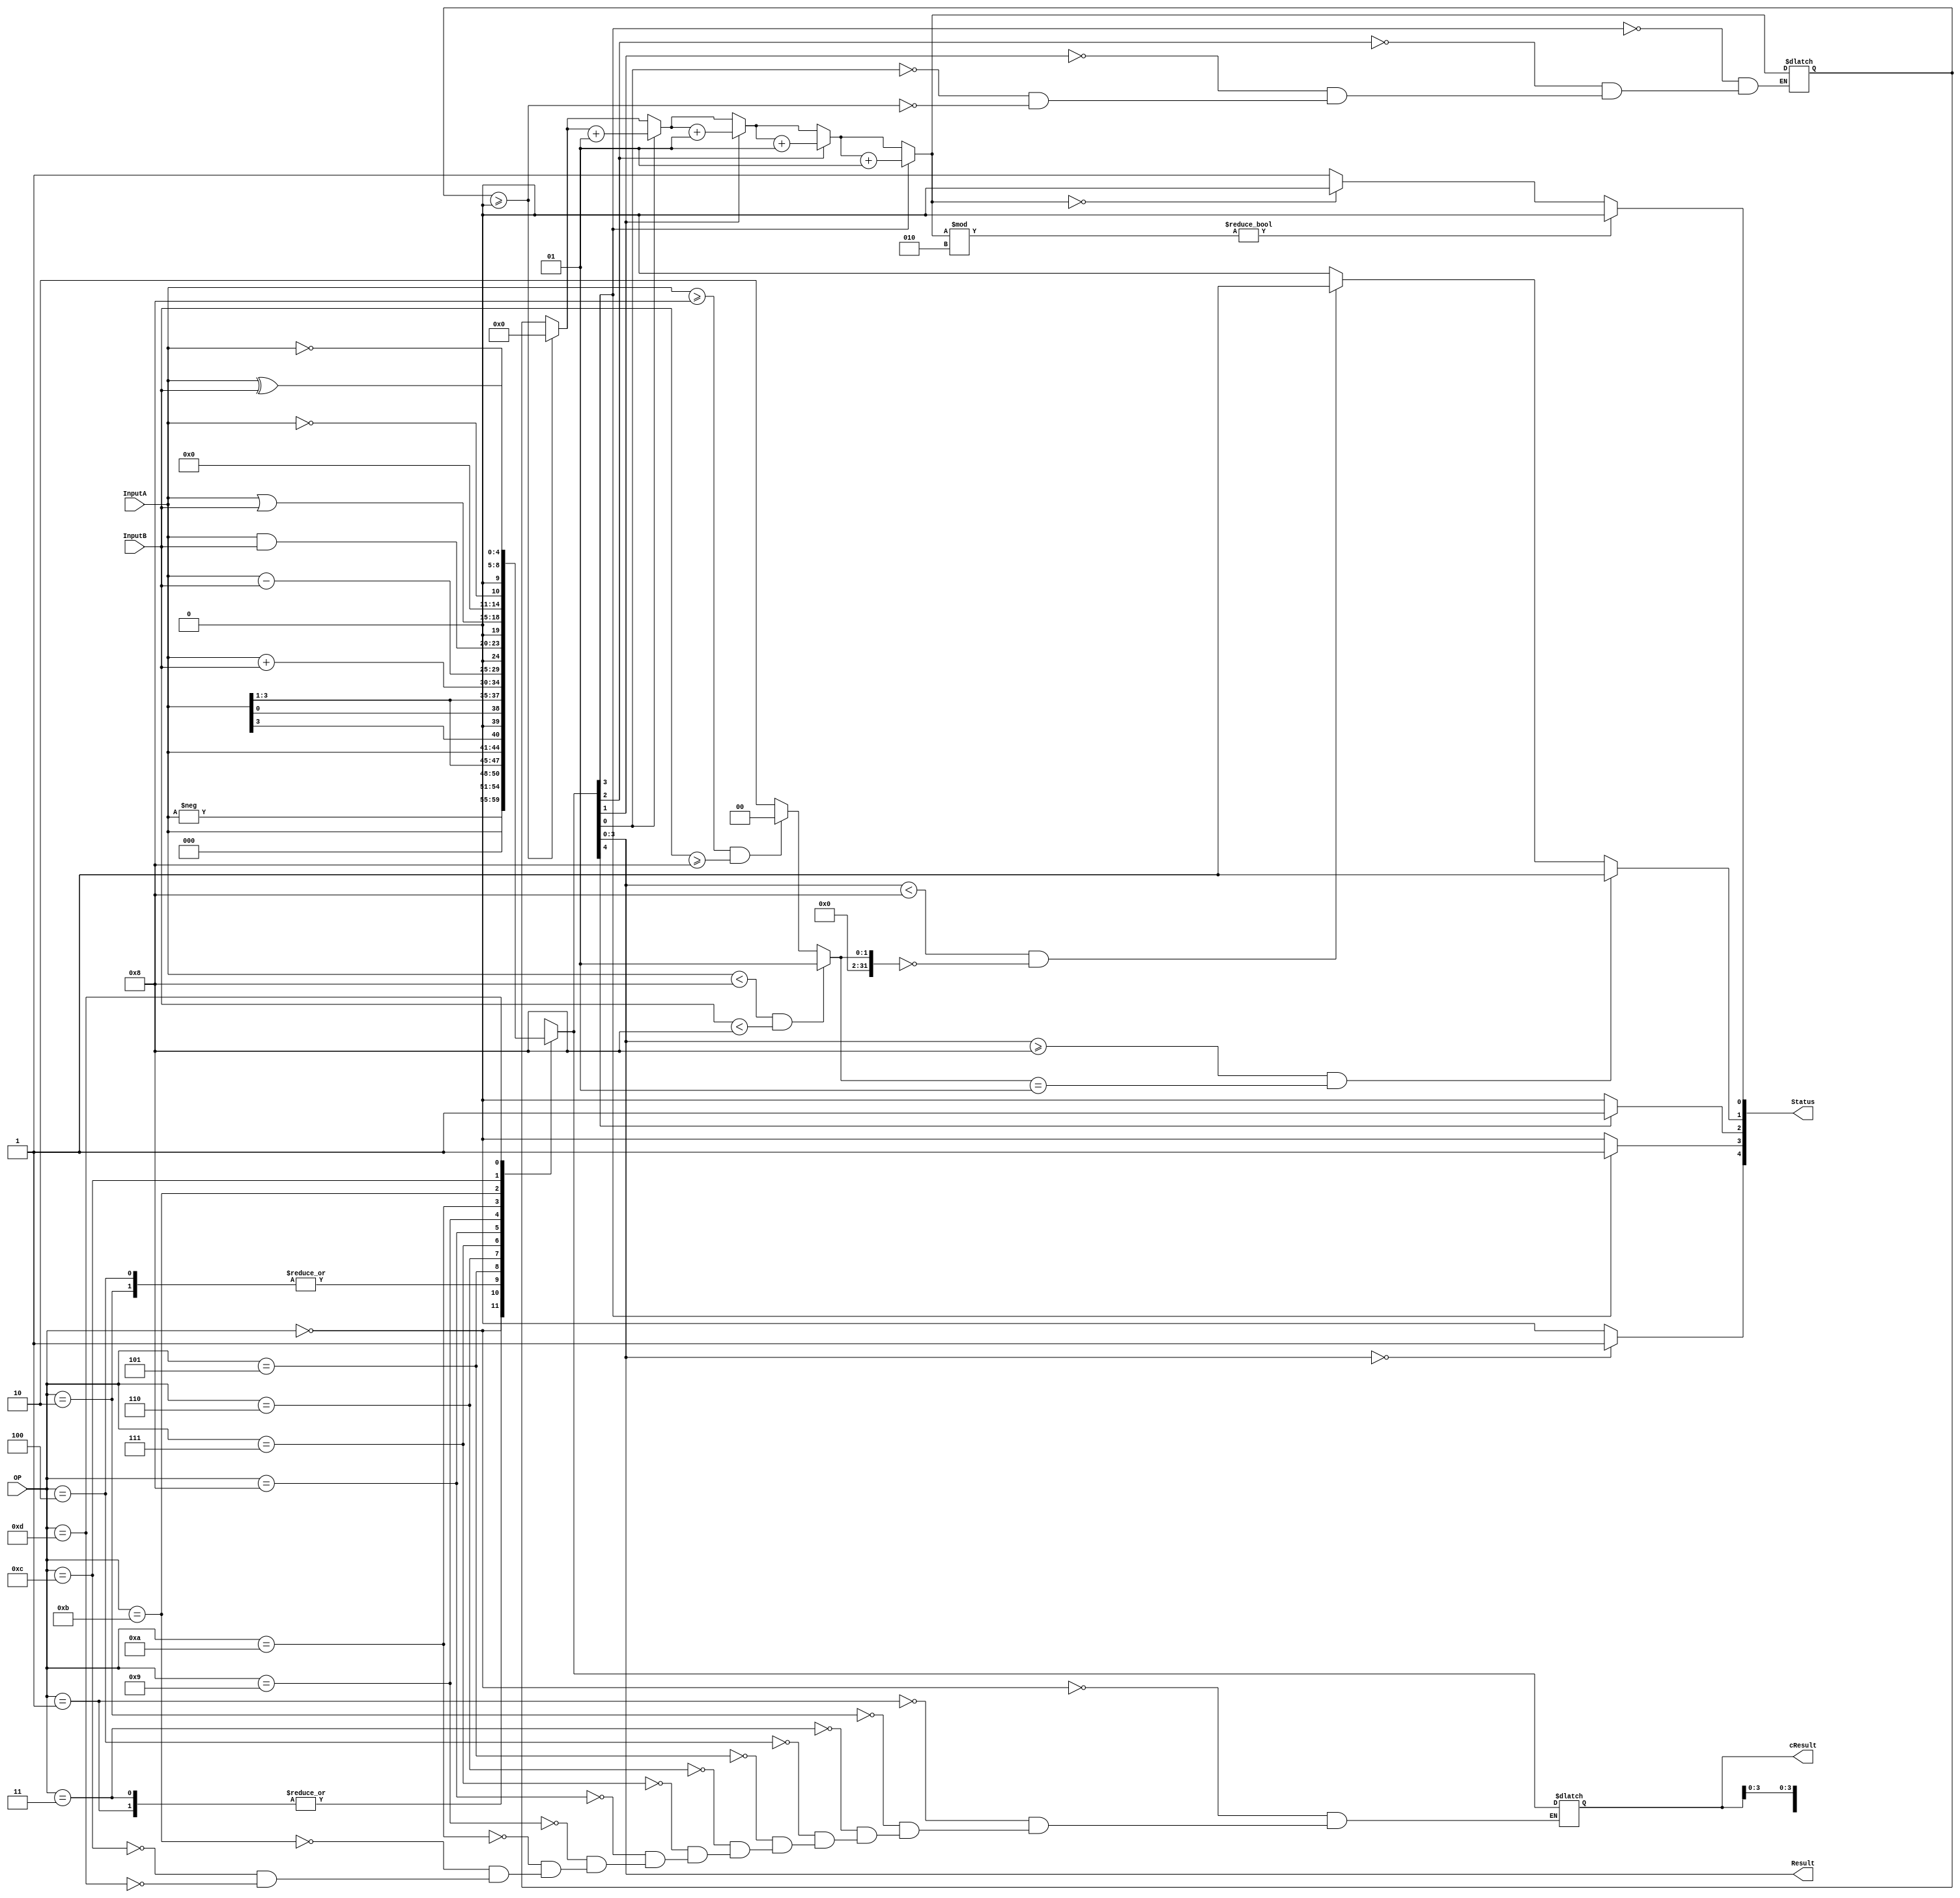
module ALU_JuanVilchis_AlejandraAceves(

	
input [3:0] InputA,InputB,OP,
output reg[3:0] Result,
output reg[4:0] cResult,
output reg [4:0] Status
);


integer i,parity=0,sign=0;


always @(*)
    begin
			if(parity >=0) parity = 0; //Resets parity value
		case(OP)
		
		/* 0 */ 	4'b0000: cResult = -InputA; //	2's complement (8)	
		/* 1 */ 	4'b0001: cResult = InputA <<< 1; //	Arithmetic shift (left (11))
		/* 2 */ 	4'b0010: cResult = InputA >>> 1; //	Arithmetic shift (right (12))
		/* 3 */ 	4'b0011: cResult = InputA << 1; //	Logical shift (left (11))
		/* 4 */ 	4'b0100: cResult = InputA >> 1; //	Logical shift (right (12))
		/* 5 */ 	4'b0101: cResult = {InputA[3:0],InputA[3]}; //	Rotation (left (13))
		/* 6 */ 	4'b0110: cResult = {InputA[0],InputA[3:1]}; //	Rotation (right (14))
      /* 7 */ 	4'b0111: cResult = InputA + InputB;  //	Sum (1)
      /* 8 */ 	4'b1000: cResult= InputA - InputB; //	Subtraction (2)
		/* 9 */ 	4'b1001: cResult = InputA & InputB;    //	And (3)
		/* 10 */ 4'b1010: cResult = InputA | InputB; //	Or (4)
		/* 11 */ 4'b1011: cResult = !InputA; //	Not (5)
		/* 12 */ 4'b1100: cResult = InputA ^ InputB; //	Xor (6)
		/* 13 */ 4'b1101: cResult = ~InputA; //	1s complement (7)
		
		endcase
		
		Result = cResult;
		
		for(i = 0; i < 4; i = i + 1) begin //Counts Ones ***Por ver***
			if(Result[i] == 1'b1) parity = parity + 1;
		end	
		
		if(Result == 4'b0000) Status[4] = 1; else Status[4] = 0; //[Z] Zero Flag
		if(Result[3] == 1) Status[3] = 1; else Status[3] = 0; //[S] Value Flag
		
		if(cResult[4] == 1) Status[2] = 1; else Status[2] = 0;  //[C] Carry Flag
		
		if((InputA< 4'b1000) && (InputB< 4'b1000)) sign = 1; else if ((InputA >= 4'b1000) && (InputB >= 4'b1000)) sign = 0; else sign = 2; //Positive or Negative
		if((Result >= 4'b1000) && (sign == 1)) Status[1] = 1; else if ((Result < 4'b1000) && (sign == 0)) Status[1] = 1; else Status[1] = 0; //[V] Overflow Flag
		
		if(parity % 2) Status[0] = 0; else if(parity == 0) Status[0] = 0; else Status[0] = 1; //[P] Parity Flag
		
		
	 end
	 
	 
endmodule